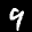
Label: 9